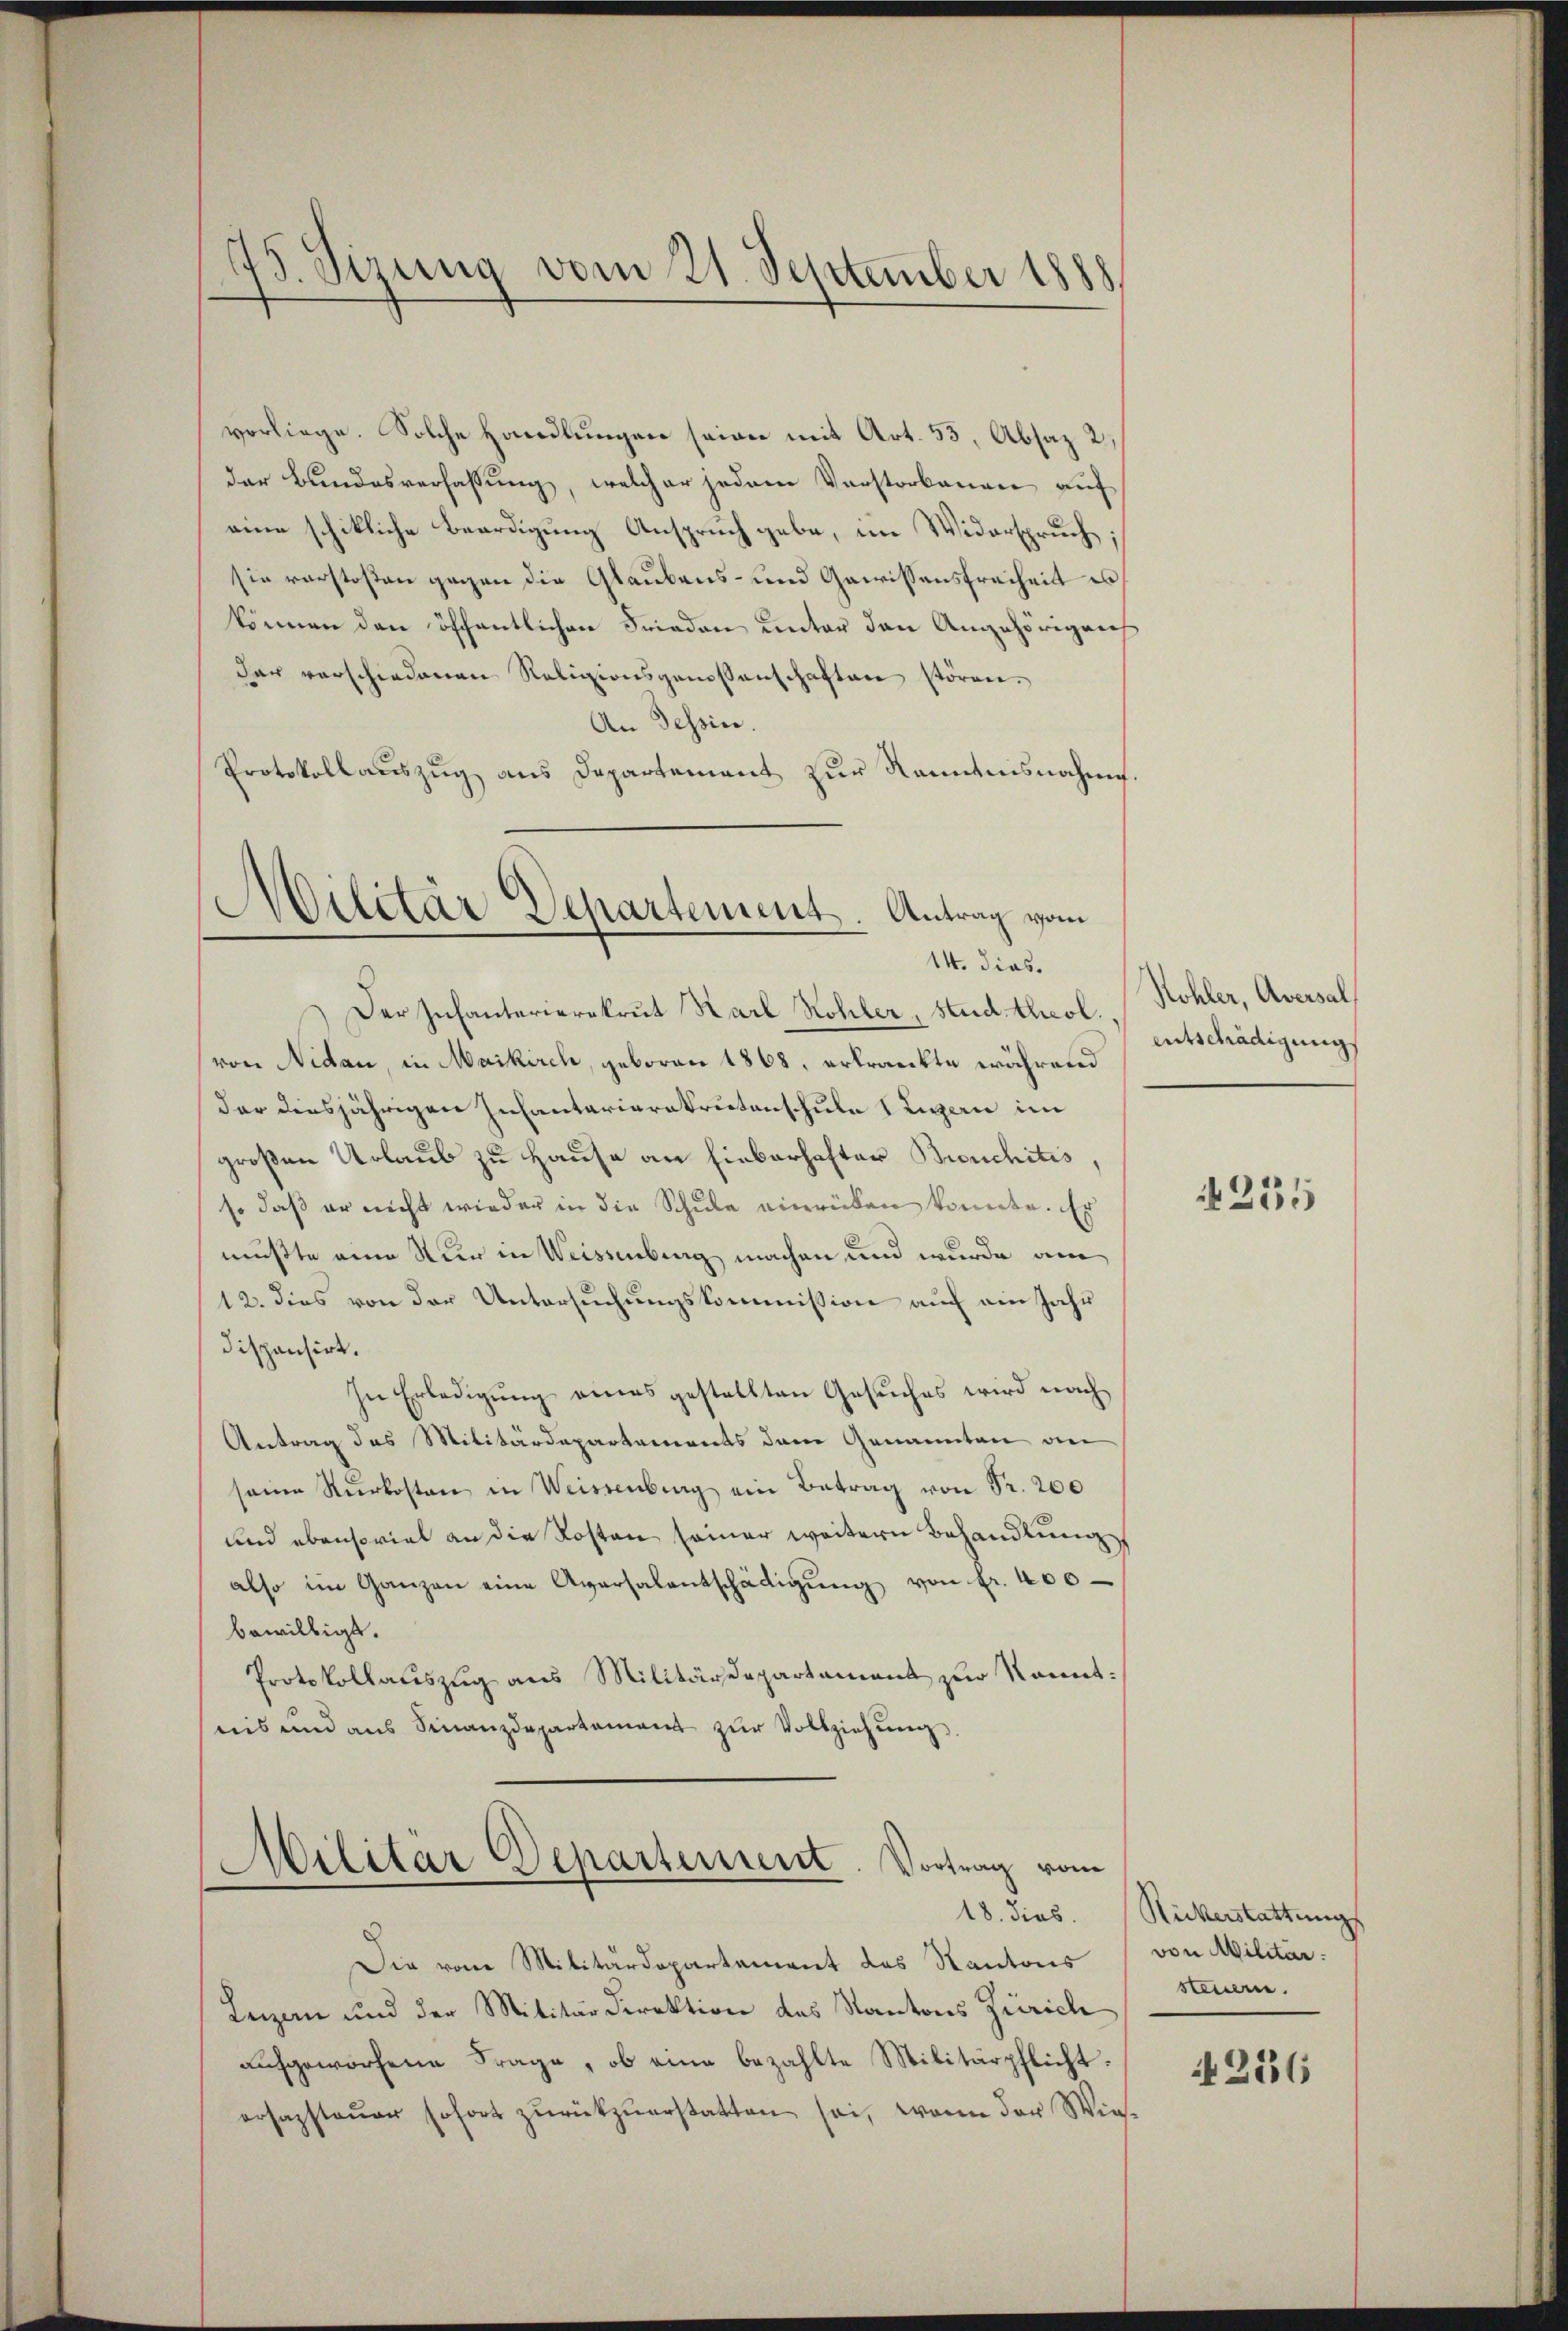
73. Sizung vom 21. September 1888

vorliege. Solche Handlungen seien mit Art. 55, Absaz 2,
der Bundesverfassung, welcher jedem Vorstorbenen auf
eine schikliche Beerdigung Anspruch gebe, im Widerspruch;
sie verstoßen gegen die Glaubens- und Gewissensfreiheit es
können den öffentlichen Frieden unter den Angehörigens
der verschiedenen Religionsgenossenschaften stören.
An Tessin.
Protokollauszug aus Departement zur Namenisnahme.

Militär Departement. Antrag vom
14. dies.

Der Infanterierekrut Karl Hohler, Stud theol.
von Nidau, in Maikirch, geboren 1868, erkrankte während
der diesjährigen Infantarierekrutenschule 1 Legern im
großen Urlaub zu Hause an Lieberhafter Bruchitis,
so daß er nicht wieder in die Schule einrüken konnte. Er
mußte eine Nur in Weissenberg machen und wurde am
12. dies von der Untersuchungskommission auch am Jahr
dispensirt.
In Erledigung eines gestellten Gesuches wird nach
Antrag des Militärdepartements dem Genannten an
seine Kŭrkosten in Weisenberg ein Betrag von Fr. 200
und ebensoviel an die Kosten seiner weitern Behandlung
also im Ganzen eine Aparsalentschädigŭng von fr. 400.
bewilligt.
Protokollauszug aus Militärdepartament zur Kenntnis und aŭs Finanzdepartament zŭr Vollziehŭng

Militär Departerrent. Vortrag vom

Die von Militärdepartement das Kantons
Leizen und der Militärdirektion des Kantons Zürich
aufgeworfene Frage, ob eine bezahlte Militärpflicht.
ersagsteŭer sofort zŭrückzŭerstatten sei, wenn der Wies-

Kohler, Aversal
entschädigung

235

18. dies. Rickerstattungs
von Militär.
steuere.

4256